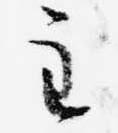
主